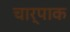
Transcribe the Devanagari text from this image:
चार्पाक